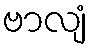
ဗာလျံ